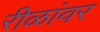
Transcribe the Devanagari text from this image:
रीळांवर